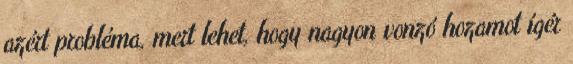
azért probléma, mert lehet, hogy nagyon vonzó hozamot ígér